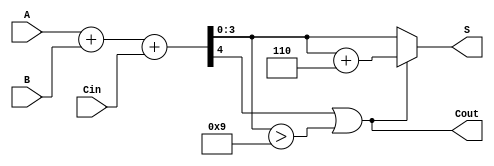
module BCD_Adder (
    input  [3:0] A,      // First BCD input
    input  [3:0] B,      // Second BCD input
    input        Cin,     // Carry-in bit
    output [3:0] S,      // BCD output
    output       Cout     // Carry-out bit
);

    // Internal wires
    wire [4:0] Sum;      // 5-bit sum to hold A + B + Cin
    wire Correction;      // Correction flag

    // Compute the sum of A, B, and Cin
    assign Sum = A + B + Cin;

    // Determine if correction is needed
    assign Correction = (Sum[4] || (Sum[3:0] > 4'b1001));

    // BCD result with correction
    assign S = Correction ? (Sum + 4'b0110) : Sum[3:0];

    // Carry-out is set if correction was made
    assign Cout = Correction;

endmodule